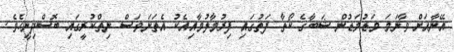
އޭނާއަށް ވާނަމަ މަޑުމަޑުން ޝަބާގެ ކޯތާ ފަތުގައި ފިރުމާލުމާއިއެކު އެތަނަވަސް ނިތްކުރީގައި ބޮސްދިނީހެވެ.